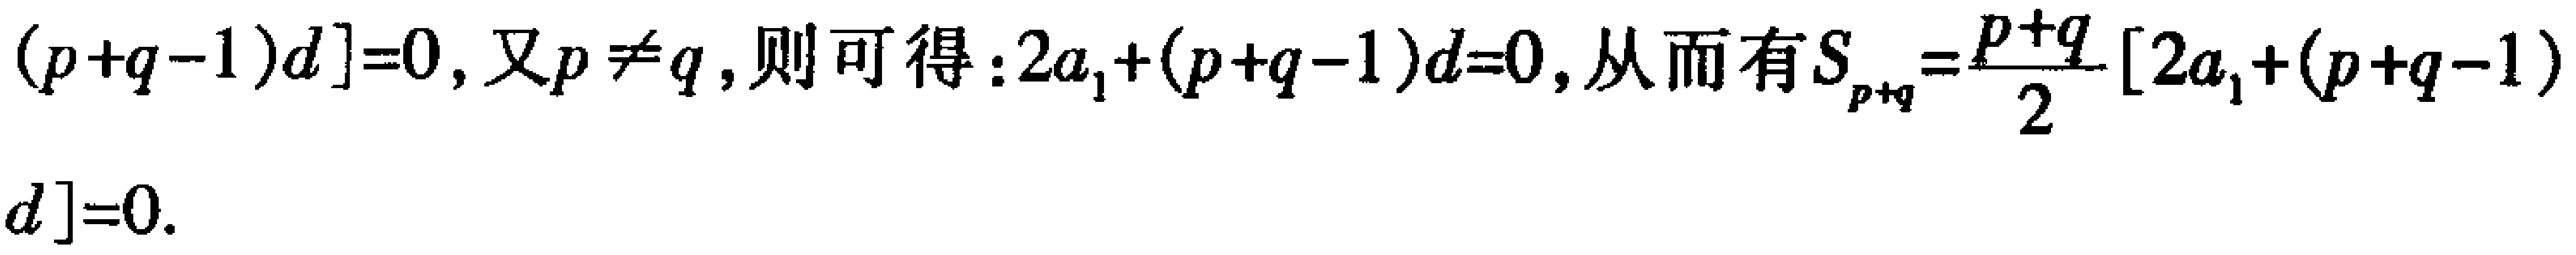
\((p + q - 1)d]=0, \text{又} p\neq q, \text{则可得}: 2a_{1}+(p + q - 1)d = 0, \text{从而有}S_{p + q}=\frac{p + q}{2}[2a_{1}+(p + q - 1)d]=0, \text{又} p\neq q, \text{则可得}: 2a_{1}+(p + q - 1)d = 0, \text{从而有}S_{p + q}=\frac{p + q}{2}[2a_{1}+(p + q - 1)d]=0\)